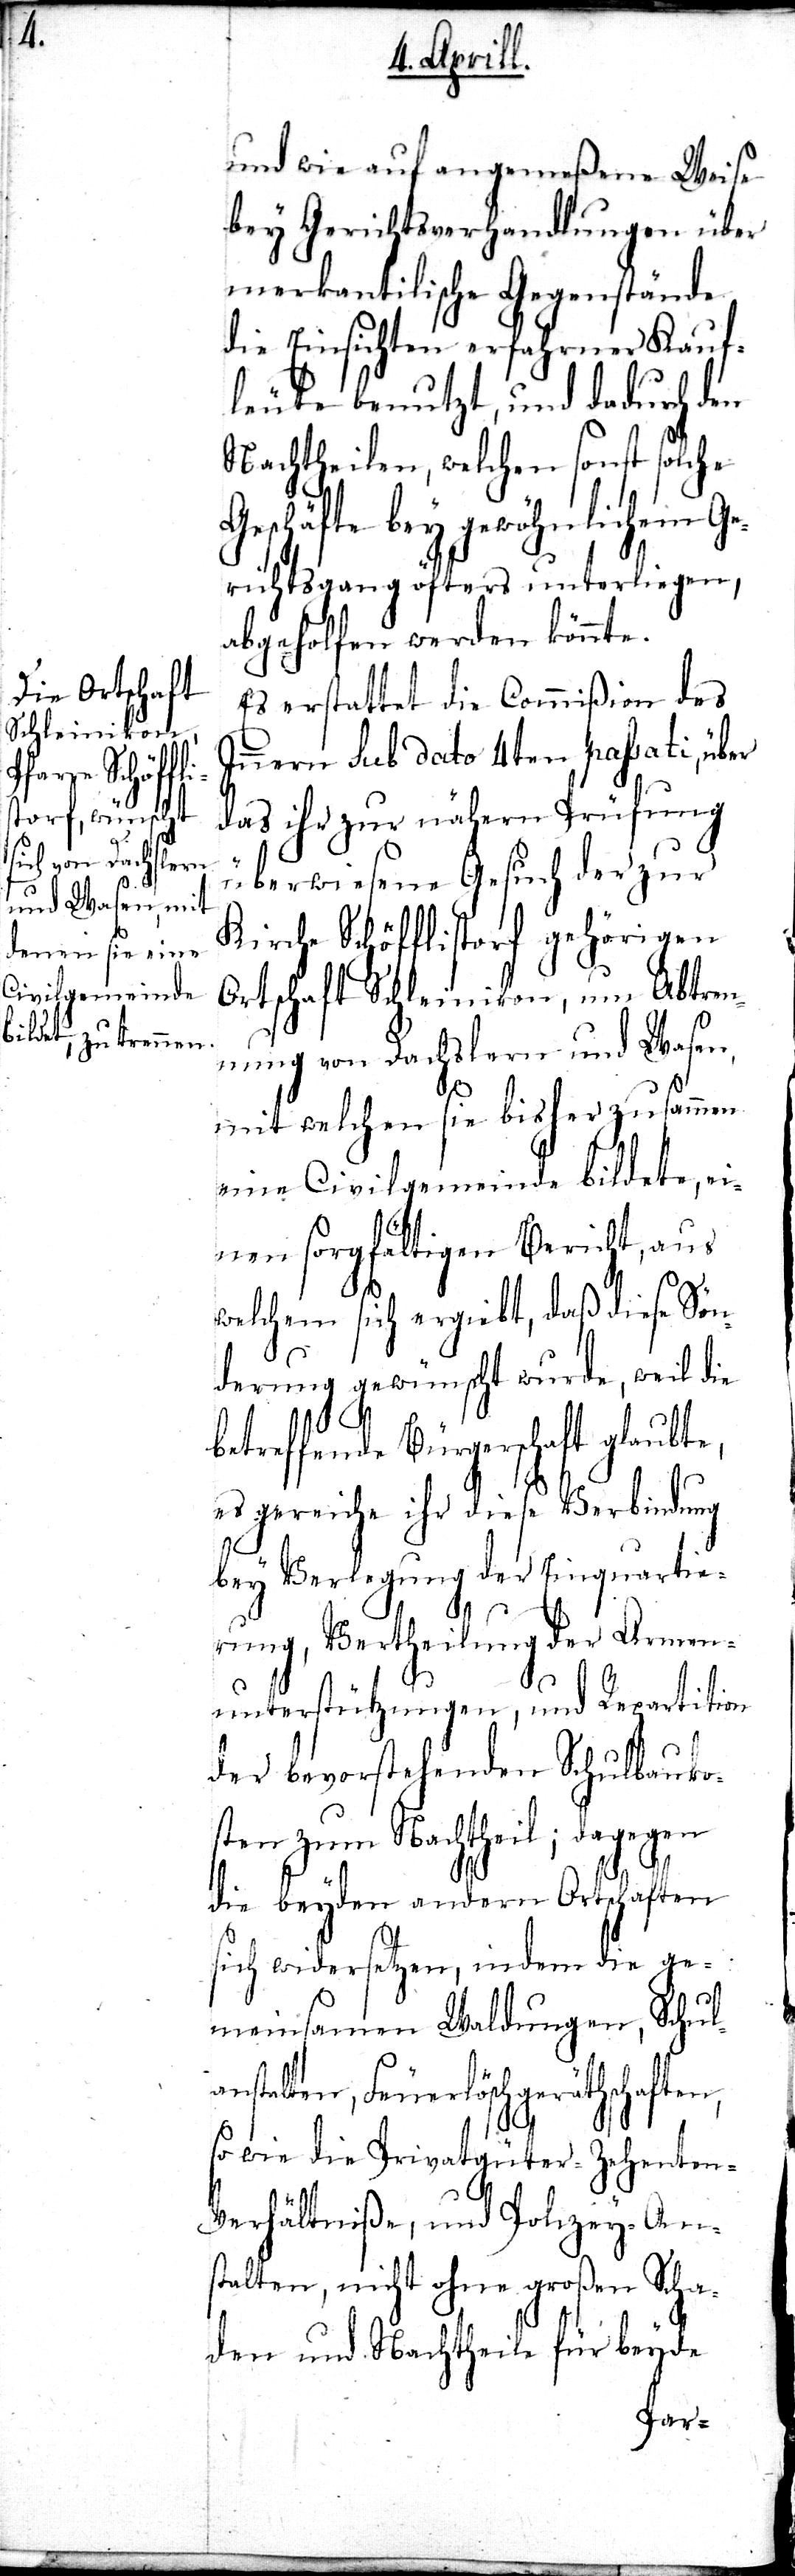
und wie auf angemeßene Weise
bey Gerichtsverhandlungen über
merkantilische Gegenstände
die Einsichten erfahrener Kauf¬
leute benutzt, und dadurch den
Nachtheilen, welchen sonst solche
Geschäfte bey gewöhnlichen Ge¬
richtsgang öfters unterliegen,
abgeholfen werden könnte.
Es erstattet die Commißion des
Innern Sub dato 4ten passati, über
das ihr zur nähern Prüfung
überwiesene Gesuch der zur
Kirche Schöfflistorf gehörigen
Ortschaft Schleinikon, um Abtren¬
nung von Dachslern und Wasen,
mit welchen sie bisher zusammen
eine Civilgemeinde bildete, ei¬
nen sorgfältigen Bericht, aus
welchem sich ergiebt, daß diese Sön¬
derung gewünscht wurde, weil die
b¬
etreffende Bürgerschaft glaubte,
es gereiche ihr diese Verbindung
bey Verlegung der Einquartie¬
rung, Vertheilung der Armen¬
unterstützungen, und Repartition
der bevorstehenden Schulbauko¬
sten zum Nachtheil; dagegen
die beyden andern Ortschaften
sich widersetzen, indem die ge¬
meinsamen Waldungen, Schul¬
anstalten, Feuerlöschgeräthschaften,
so wie die Privatgüter-Zehente¬
n-Verhältniße, und Polizey-An¬
stalten, nicht ohne großen Scha¬
den und Nachtheil für beyde